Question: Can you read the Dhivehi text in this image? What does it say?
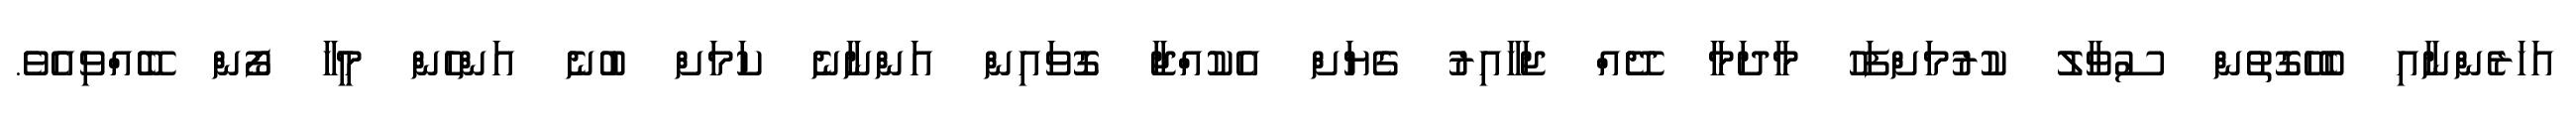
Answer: އަހަރެންނާއި ބެހޭގޮތުން ސުވާލު ކުރުމަށްފަހު މާދަމާ ދޭއް ޖަހާއިރު ގެޔަށް އެކުއްޖާ ގޮވައިން އަންނާނެ ކަމަށް ބުނެ އަންހެން މީހާ ފޯން ބޭއްވިއެވެ.